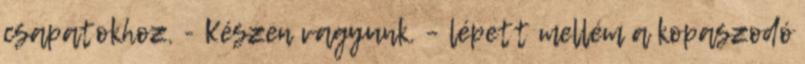
csapatokhoz. - Készen vagyunk. – lépett mellém a kopaszodó